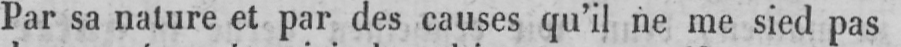
Par sa nature et par des causes qu’il ne me sied pas